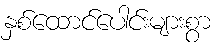
နှစ်ထောင်ပေါင်းများစွာ